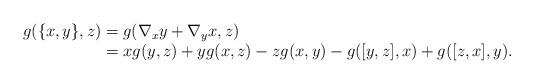
LaTeX: \begin{align*}\begin{array}{l}g(\{x,y\},z)=g(\nabla_xy+\nabla_yx,z)\\\phantom{g(\{x,y\},z)}=xg(y,z)+yg(x,z)-zg(x,y)-g([y,z],x)+g([z,x],y).\end{array}\end{align*}